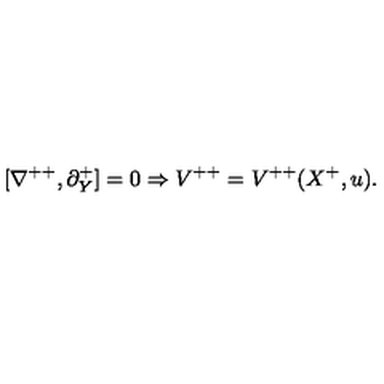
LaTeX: [ \nabla ^ { + + } , \partial _ { Y } ^ { + } ] = 0 \Rightarrow V ^ { + + } = V ^ { + + } ( X ^ { + } , u ) .